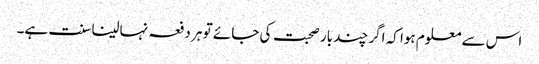
اس سے معلوم ہوا کہ اگر چند بار صحبت کی جائے تو ہر دفعہ نہالینا سنت ہے۔